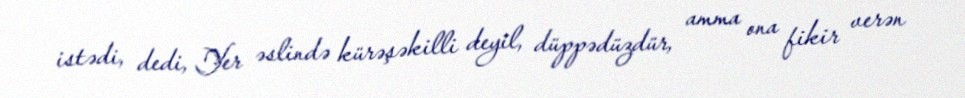
istədi, dedi, Yer əslində kürəşəkilli deyil, düppədüzdür, amma ona fikir verən